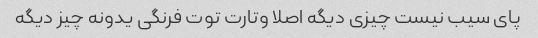
پای سیب نیست چیزی دیگه اصلا وتارت توت فرنگی یدونه چیز دیگه